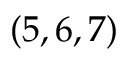
( 5 , 6 , 7 )